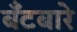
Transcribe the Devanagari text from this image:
बँटबारे